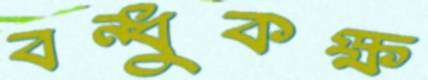
বন্ধুকক্ষ